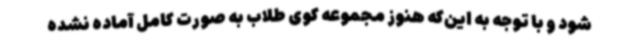
شود و با توجه به این‌که هنوز مجموعه کوی طلاب به صورت کامل آماده نشده